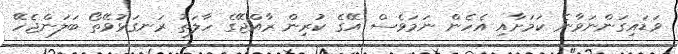
ވަޑައިގަންނަވާނެ ކަމަށާއި އެހެން ނަމަވެސް އޭގެ ކުރިން ރާއްޖޭގެ ހާލަތު ރަނގަޅުވޭތޯ ބަލަންޖެހޭ